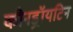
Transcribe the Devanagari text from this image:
कौनड्रॉयटिन